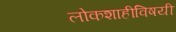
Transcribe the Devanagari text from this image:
लोकशाहीविषयी